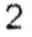
2